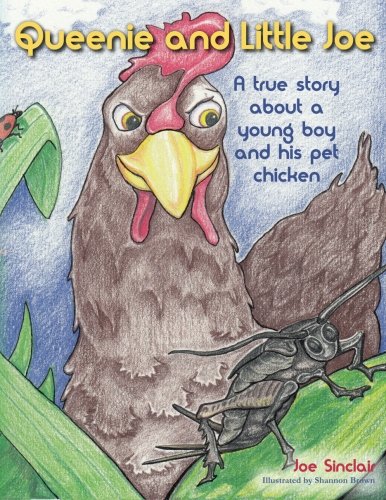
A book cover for Queenie and Little Joe: A true story about a young boy and his pet chicken; Joe Sinclair; Humor & Entertainment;